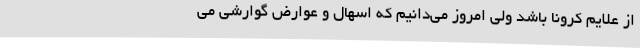
از علایم کرونا باشد ولی امروز می‌دانیم که اسهال و عوارض گوارشی می